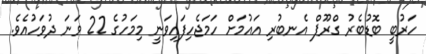
ހަރުބީ ބޮޑުބެރު ގްރޫޕް އެނބުރި އައުމަށް ހަމަޖެހިފައިވަނީ މިމަހުގެ 22 ވަނަ ދުވަހުއެވެ.